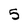
Character: 5